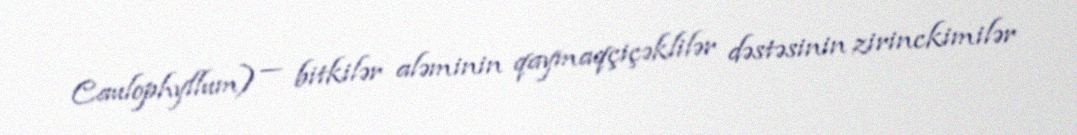
Caulophyllum) — bitkilər aləminin qaymaqçiçəklilər dəstəsinin zirinckimilər